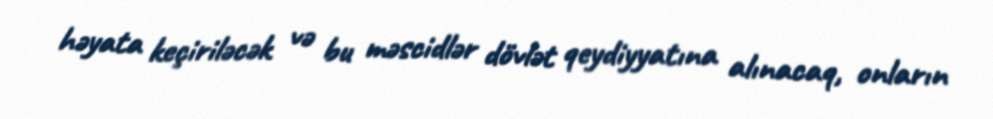
həyata keçiriləcək və bu məscidlər dövlət qeydiyyatına alınacaq, onların